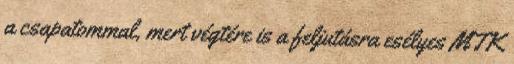
a csapatommal, mert végtére is a feljutásra esélyes MTK